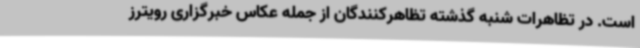
است. در تظاهرات شنبه گذشته تظاهرکنندگان از جمله عکاس خبرگزاری رویترز